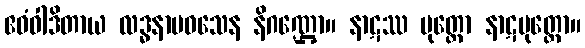
ဧဝံဝါဒိတာယ လဒ္ဓနာမဝသေန နိဂဏ္ဌော။ နာဋဿ ပုတ္တော နာဋပုတ္တော။